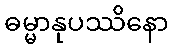
ဓမ္မာနုပဿိနော